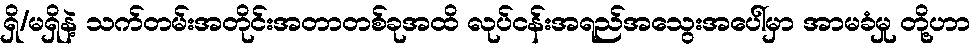
ရှိ/မရှိနဲ့ သက်တမ်းအတိုင်းအတာတစ်ခုအထိ လုပ်ငန်းအရည်အသွေးအပေါ်မှာ အာမခံမှု တို့ဟာ